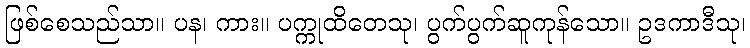
ဖြစ်စေသည်သာ။ ပန၊ ကား။ ပက္ကုထိတေသု၊ ပွက်ပွက်ဆူကုန်သော။ ဥဒကာဒီသု၊